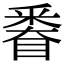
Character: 𨤗